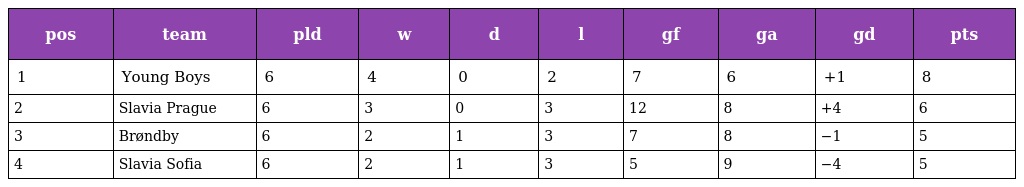
| pos | team | pld | w | d | l | gf | ga | gd | pts |
 | --- | --- | --- | --- | --- | --- | --- | --- | --- | --- |
 | 1 | Young Boys | 6 | 4 | 0 | 2 | 7 | 6 | +1 | 8 |
 | 2 | Slavia Prague | 6 | 3 | 0 | 3 | 12 | 8 | +4 | 6 |
 | 3 | Brøndby | 6 | 2 | 1 | 3 | 7 | 8 | −1 | 5 |
 | 4 | Slavia Sofia | 6 | 2 | 1 | 3 | 5 | 9 | −4 | 5 |